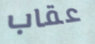
عقاب